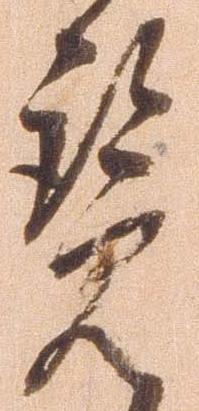
覧